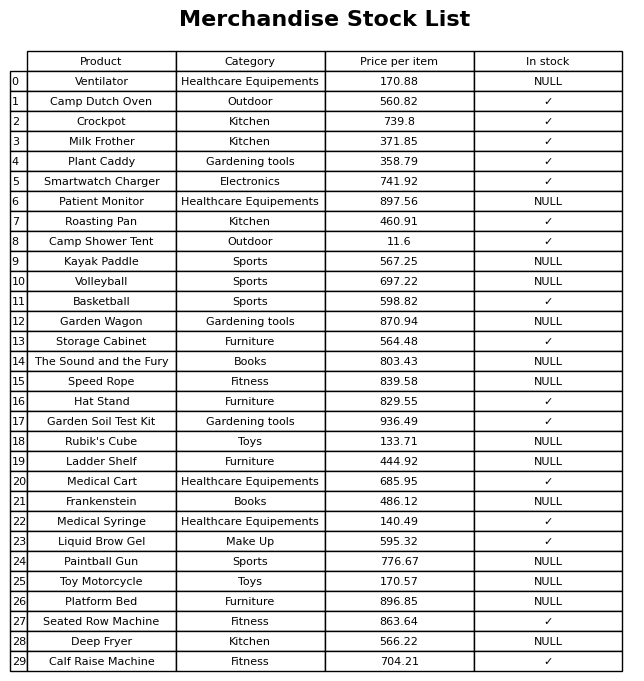
question: What is the price for Roasting Pan?
answer: The price of Roasting Pan is 460.91.